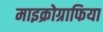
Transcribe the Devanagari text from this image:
माइक्रोग्राफिया